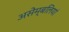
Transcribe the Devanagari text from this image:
असेम्बलियां